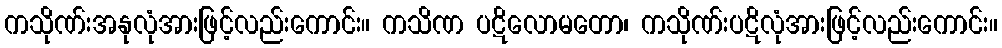
ကသိုဏ်းအနုလုံအားဖြင့်လည်းကောင်း။ ကသိဏ ပဋိလောမတော၊ ကသိုဏ်းပဋိလုံအားဖြင့်လည်းကောင်း။